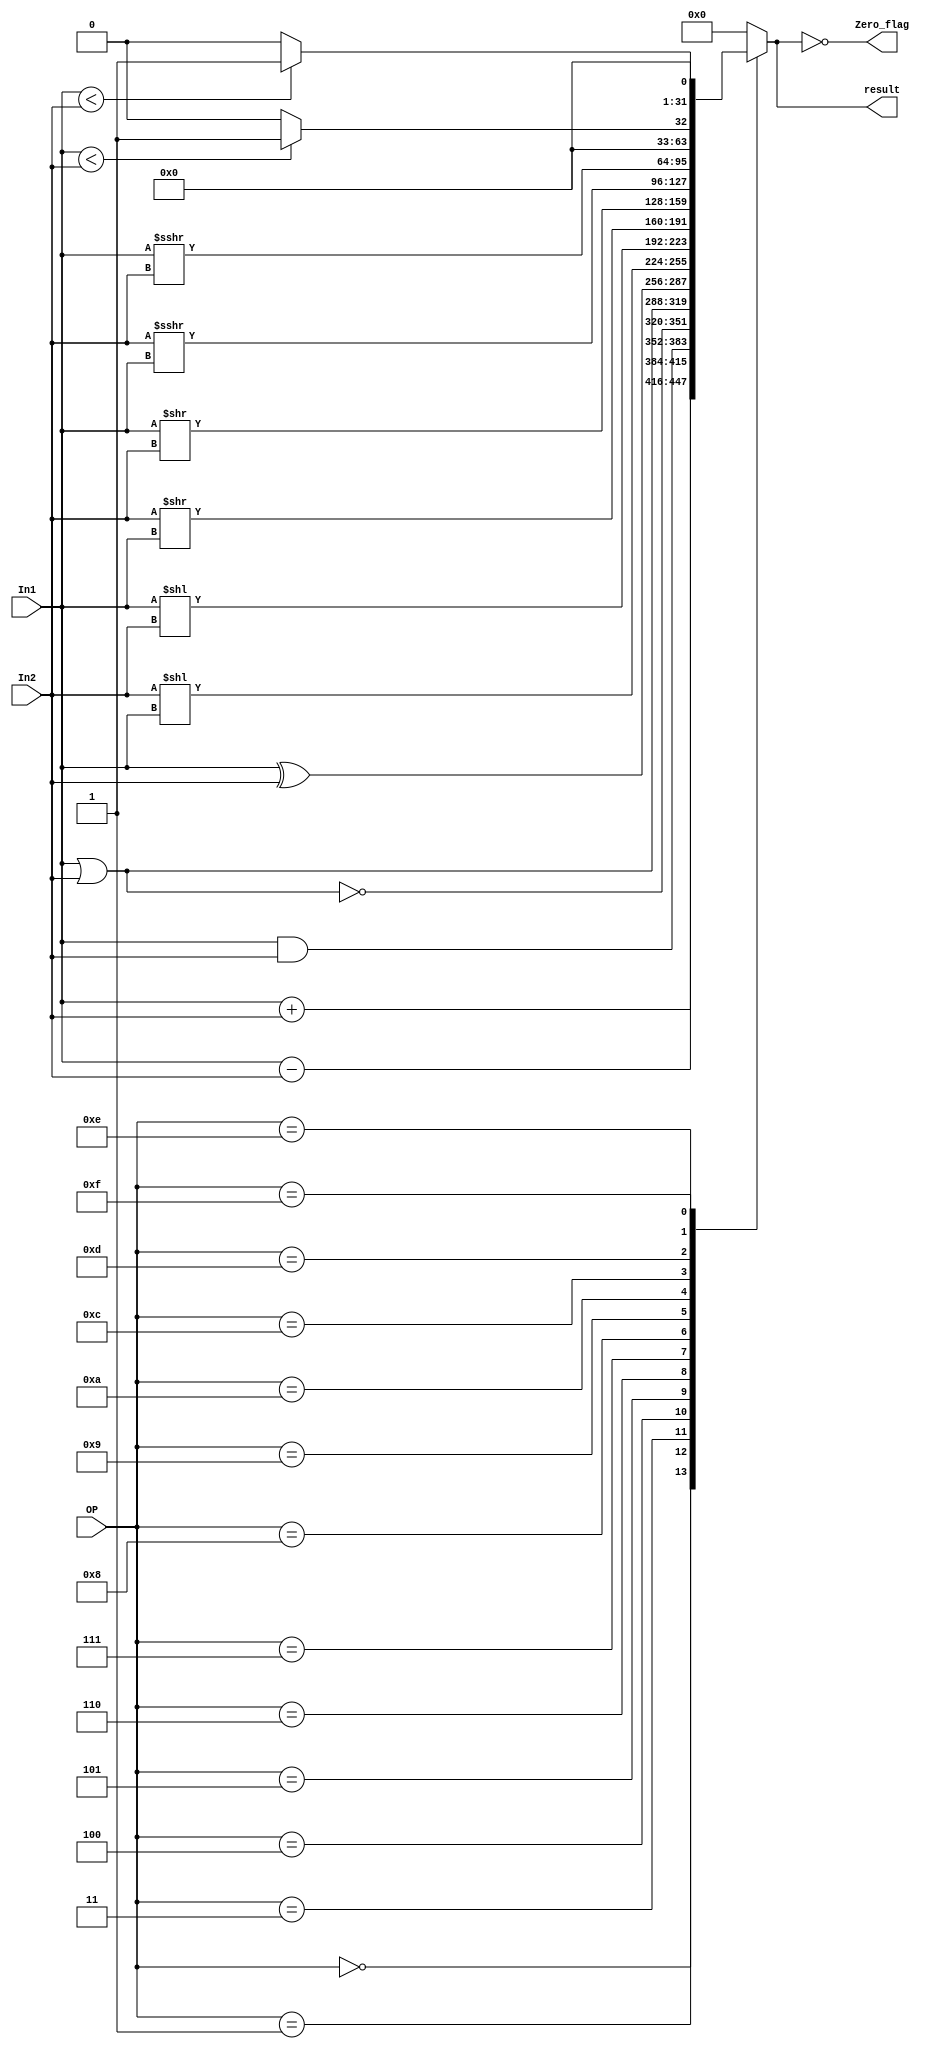
module ula(
        input [3:0]	OP,
        input [31:0] In1, In2,
        output reg [31:0] result,
        output Zero_flag);

    assign Zero_flag = (result == 0);

    always @(*) begin
        case (OP)
            4'b0000: result <= In1 + In2; /* add */
            4'b0001: result <= In1 - In2; /* sub */
            4'b0011: result <= In1 & In2; /* and */
            4'b0100: result <= ~(In1 | In2); /* nor */
            4'b0101: result <= In1 | In2; /* or */
            4'b0110: result <= In1 ^ In2; /* xor */
            4'b0111: result <= In2 << (In1); /* shift left com shamnt */
            4'b1000: result <= In1 << (In2); /* shift left */
            4'b1001: result <= In2 >> (In1); /* unsigned shift right com shamt*/
            4'b1010: result <= In1 >> (In2); /* unsigned shift right*/
            4'b1100: result <= In2 >>> (In1); /* signed shift right com shamt */
            4'b1101: result <= In1 >>> (In2); /* signed shift right*/
            4'b1110: result <=  ($signed(In1) < $signed(In2)) ? 32'd1 : 32'd0; /* slt */
            4'b1111: result <= (In1 < In2) ? 32'd1 : 32'd0 ; /* sltu */	

            default: result <= 0;
        endcase
    end

endmodule